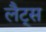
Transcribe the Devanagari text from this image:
लैट्स